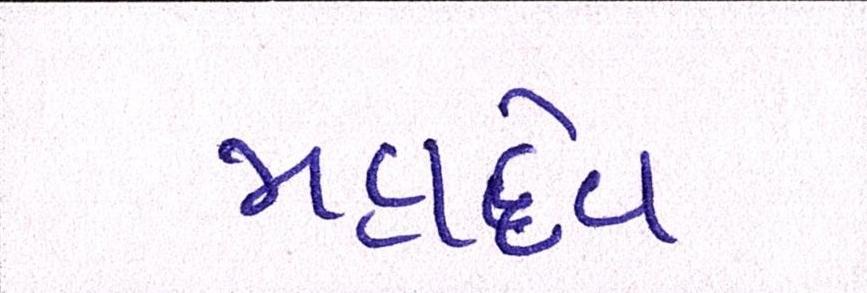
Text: મહાદેવ